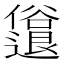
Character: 𫤈